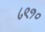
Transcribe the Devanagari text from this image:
८९१०